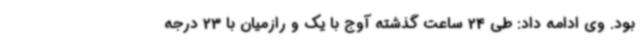
بود. وی ادامه داد: طی 24 ساعت گذشته آوج با یک و رازمیان با 23 درجه